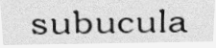
subucula